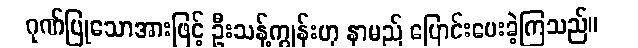
ဂုဏ်ပြုသောအားဖြင့် ဦးသန့်ကျွန်းဟု နာမည် ပြောင်းပေးခဲ့ကြသည်။